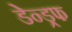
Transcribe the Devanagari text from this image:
डेन्ड्रफ